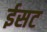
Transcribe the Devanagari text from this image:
ईसट